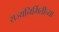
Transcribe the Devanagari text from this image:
राज्यनिर्मितीच्या